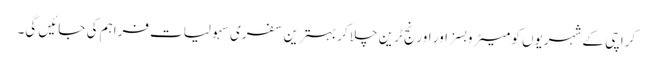
کراچی کے شہریوں کو میٹرو بسز اور اورنج ٹرین چلا کر بہترین سفری سہولیات فراہم کی جائیں گی۔